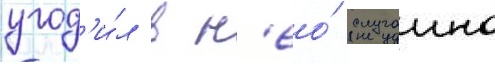
угод'и́л в н'ео́ случаино